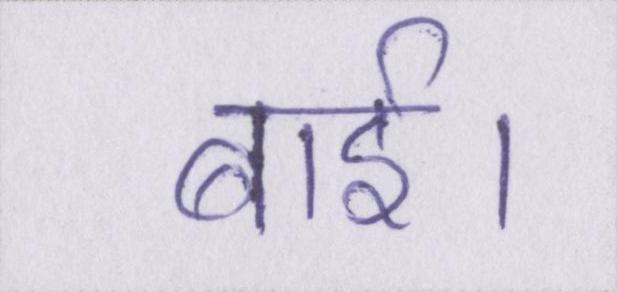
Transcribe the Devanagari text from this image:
बाई।